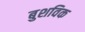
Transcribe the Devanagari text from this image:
बुशविक